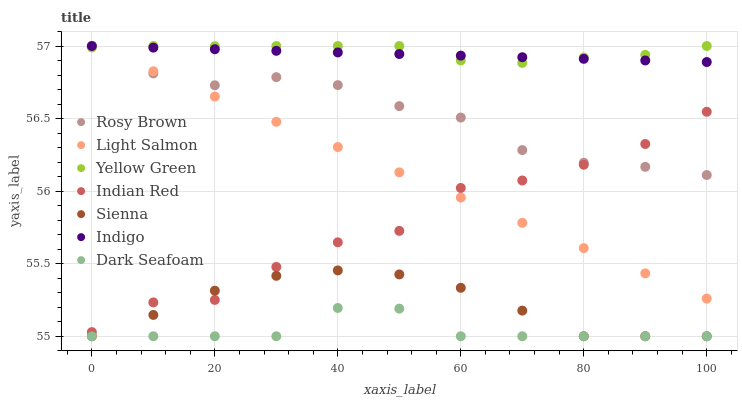
| xaxis_label | Rosy Brown | Light Salmon | Yellow Green | Indian Red | Sienna | Indigo | Dark Seafoam |
 | --- | --- | --- | --- | --- | --- | --- | --- |
 | 0 | 57 | 57 | 57 | 55 | 55 | 57 | 55 |
 | 10 | 56.8 | 56.8 | 57 | 55.2 | 55.1 | 57 | 55 |
 | 20 | 56.7 | 56.7 | 57 | 55.3 | 55.3 | 57 | 55 |
 | 30 | 56.8 | 56.5 | 57 | 55.5 | 55.4 | 57 | 55 |
 | 40 | 56.7 | 56.3 | 57 | 55.6 | 55.5 | 57 | 55.2 |
 | 50 | 56.6 | 56.1 | 57 | 55.7 | 55.4 | 56.9 | 55.2 |
 | 60 | 56.5 | 56 | 56.9 | 56 | 55.3 | 56.9 | 55 |
 | 70 | 56.3 | 55.8 | 56.9 | 56.1 | 55.2 | 56.9 | 55 |
 | 80 | 56.2 | 55.6 | 56.9 | 56.2 | 55 | 56.9 | 55 |
 | 90 | 56.2 | 55.4 | 56.9 | 56.3 | 55 | 56.9 | 55 |
 | 100 | 56.1 | 55.3 | 57 | 56.5 | 55 | 56.9 | 55 |